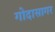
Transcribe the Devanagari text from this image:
गोदासागर